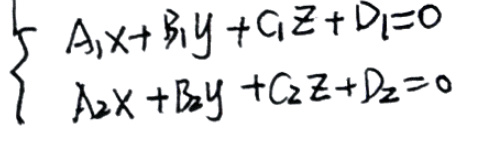
\begin{cases}
A_1x + B_1y + C_1z + D_1 = 0 \\
A_2x + B_2y + C_2z + D_2 = 0
\end{cases}